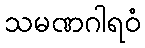
သမဏဂါရဝံ